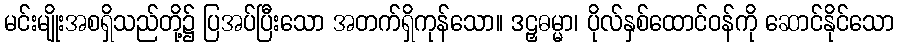
မင်းမျိုးအစရှိသည်တို့၌ ပြအပ်ပြီးသော အတက်ရှိကုန်သော။ ဒဠှဓမ္မာ၊ ပိုလ်နှစ်ထောင်ဝန်ကို ဆောင်နိုင်သော